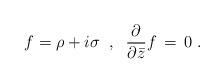
LaTeX: \begin{align*}f = \rho + i \sigma \; \; , \; \; \frac{\partial}{\partial{\bar z}} f \,=\,0 \;.\end{align*}